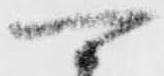
可